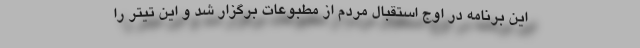
این برنامه در اوج استقبال مردم از مطبوعات برگزار شد و این تیتر را